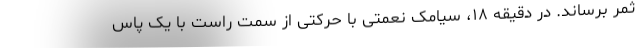
ثمر برساند. در دقیقه ۱۸، سیامک نعمتی با حرکتی از سمت راست با یک پاس